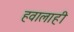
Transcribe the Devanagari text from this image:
हवालाही